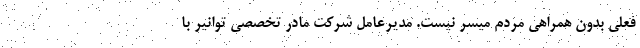
فعلی بدون همراهی مردم میسر نیست. مدیرعامل شرکت مادر تخصصی توانیر با